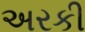
અરકી